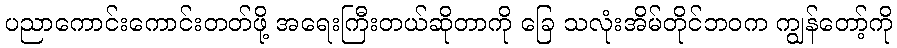
ပညာကောင်းကောင်းတတ်ဖို့ အရေးကြီးတယ်ဆိုတာကို ခြေ သလုံးအိမ်တိုင်ဘဝက ကျွန်တော့်ကို